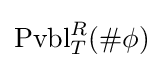
\operatorname {Pvbl} _{T}^{R}(\#\phi )